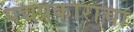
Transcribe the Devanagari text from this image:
पद्यप्रकाराचा